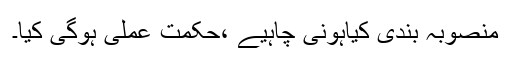
منصوبہ بندی کیاہونی چاہیے ،حکمت عملی ہوگی کیا۔